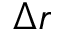
\Delta r